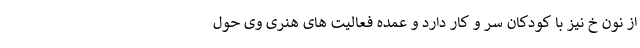
از نون خ نیز با کودکان سر و کار دارد و عمده فعالیت های هنری وی حول